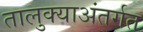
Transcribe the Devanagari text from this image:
तालुक्याअंतर्गत